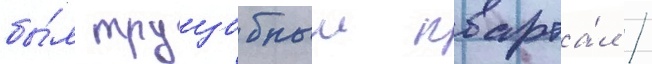
бы́л трущобныи кварта́л /